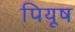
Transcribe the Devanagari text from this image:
पियूष